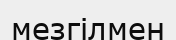
мезгілмен